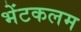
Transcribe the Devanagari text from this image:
भेंटकलम